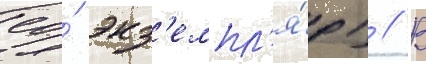
ео́ экз'емпл'я́р) // В